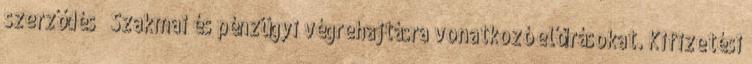
szerződés  Szakmai és pénzügyi végrehajtásra vonatkozó előírásokat. Kifizetési